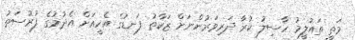
މަތީ ތައުލީމު ހާސިލު ކުރާ ދަރިވަރުންނަށް ޒަކާތު ފަނޑުގެ އެހީއަށް އެދުމުގެ ފުރުސަތު